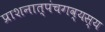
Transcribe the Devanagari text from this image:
प्राशनात्पंचगव्यस्य